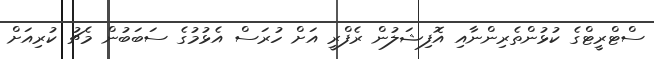
ސްޓްރީޓްގެ ކުޅުންތެރިންނާއި އޮފިޝަލުން ރެފްރީ އަށް ހުރަސް އެޅުމުގެ ސަބަބުން މެޗު ކުރިއަށް